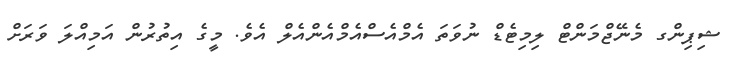
ޝިޕިންގ މެނޭޖްމަންޓް ލިމިޓެޑް ނުވަތަ އެމްއެސްއެމްއެންއެލް އެވެ. މީގެ އިތުރުން އަމިއްލަ ވަރަށް